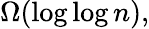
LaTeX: \Omega(\log\log n),